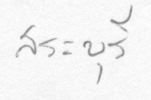
สระบุรี